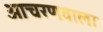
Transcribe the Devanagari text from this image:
आचरणवाला